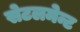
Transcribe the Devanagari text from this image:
सेटलमेन्ट